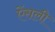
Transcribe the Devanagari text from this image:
ऐंसली